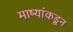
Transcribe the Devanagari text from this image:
माष्यांकडून